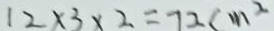
1 2 \times 3 \times 2 = 7 2 c m ^ { 2 }